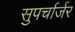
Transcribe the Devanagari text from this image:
सुपर्चार्जर